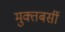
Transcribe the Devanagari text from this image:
मुक्तबर्सी